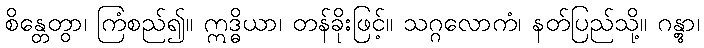
စိန္တေတွာ၊ ကြံစည်၍။ ဣဒ္ဓိယာ၊ တန်ခိုးဖြင့်။ သဂ္ဂလောကံ၊ နတ်ပြည်သို့။ ဂန္တွာ၊